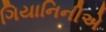
ગિયાનિનીએ